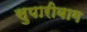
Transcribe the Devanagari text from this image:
सुपारीबाग